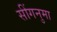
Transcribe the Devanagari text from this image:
सींगनुमा